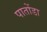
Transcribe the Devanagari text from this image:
पातोंडा